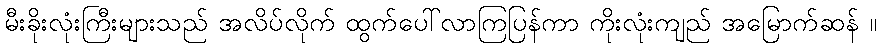
မီးခိုးလုံးကြီးများသည် အလိပ်လိုက် ထွက်ပေါ်လာကြပြန်ကာ ကိုးလုံးကျည် အမြောက်ဆန် ။